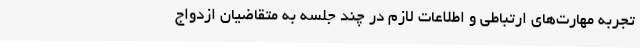
تجربه مهارت‌های ارتباطی و اطلاعات لازم در چند جلسه به متقاضیان ازدواج